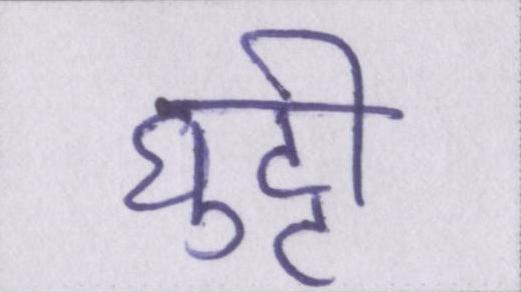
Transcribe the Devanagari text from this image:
घुट्टी